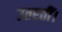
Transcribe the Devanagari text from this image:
उतरतीं।